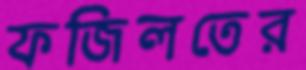
ফজিলতের